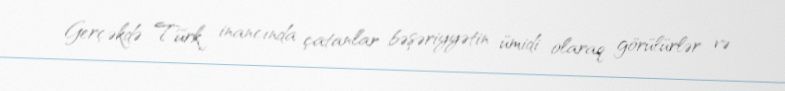
Gerçəkdə Türk inancında çatanlar bəşəriyyətin ümidi olaraq görülürlər və